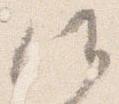
候